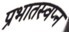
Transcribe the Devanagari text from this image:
प्रभातस्वप्न